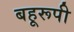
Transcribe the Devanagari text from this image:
बहूरूपी